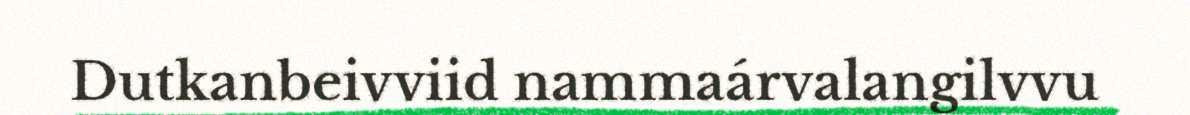
Dutkanbeivviid nammaárvalangilvvu